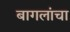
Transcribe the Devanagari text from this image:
बागलांचा